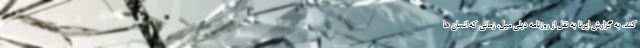
کند. به گزارش ایرنا به نقل از روزنامه دیلی میل، زمانی که انسان ها